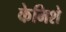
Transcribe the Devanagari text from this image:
केमिशे